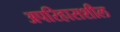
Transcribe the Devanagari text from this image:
अपरिहासशील